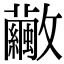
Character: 𣀸